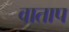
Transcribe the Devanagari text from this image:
वाताप